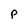
Character: P